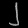
Digit: ၂